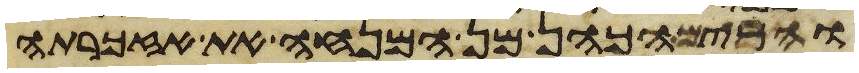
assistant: והרים הכהן מן המנחה את אזכרתה